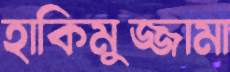
হাকিমুজ্জামা